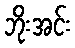
ဘိုးအင်း